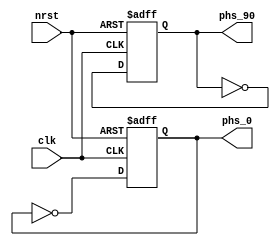
// Description: emulation circuit for quadrature square wave
// signals. The input frequency will be twice the frequency of the
// output signals due to the clock dividers
//

module quadrature_emulator
(
    input wire clk, 
    input wire nrst, 
    output wire phs_0, 
    output wire phs_90
);

    // Internal Circuitry

    reg phs_0_reg;                          // register for 0 degree phase
    reg phs_90_reg;                         // register for 90 degree phase

    wire inv_clk;                           // inverted clock for 90 degree phase

    // Register for 0 Degree Phase Signal
    always @ (posedge clk, negedge nrst)
    begin
        if (~nrst)
            phs_0_reg <= 1'b0;
        else
            phs_0_reg <= ~phs_0_reg;
    end

    // Register for 90 Degree Phase Signal
    always @ (posedge inv_clk, negedge nrst)
    begin
        if (~nrst)
            phs_90_reg <= 1'b0;
        else
            phs_90_reg <= ~phs_90_reg;
    end

    // Invert the incoming clock for 90 degree phase shift
    assign inv_clk = ~clk;

    // Assign Outputs
    assign phs_0 = phs_0_reg;
    assign phs_90 = phs_90_reg;

endmodule